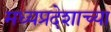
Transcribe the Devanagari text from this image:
मध्यप्रदेशाच्या